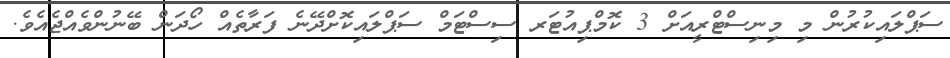
ސަޕްލައިކުރުން މި މިނިސްޓްރީއަށް 3 ކޮމްޕިއުޓަރ ސިސްޓަމް ސަޕްލައިކޮށްދޭނެ ފަރާތެއް ހޯދަން ބޭނުންވެއްޖެއެވެ.